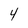
Character: 4